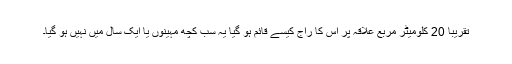
تقریباً 20 کلومیٹر مربع علاقہ پر اس کا راج کیسے قائم ہو گیا یہ سب کچھ مہینوں یا ایک سال میں نہیں ہو گیا۔